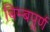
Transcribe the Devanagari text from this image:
बिम्बपूर्ण